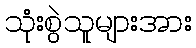
သုံးစွဲသူများအား